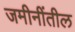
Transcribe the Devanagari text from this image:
जमीनींतील